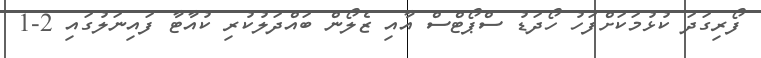
ފޯރިގަދަ ކުޅުުމަކަށްފަހު ހޯދަޑު ސްޕޯޓްސް އާއި ޒެލޯން ބައްދަލުކުރި ކުއާޓާ ފައިނަލުގައި 2-1